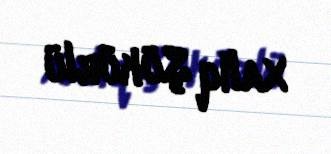
Xaliq Şükürlü